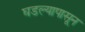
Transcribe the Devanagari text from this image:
घडल्यापासून